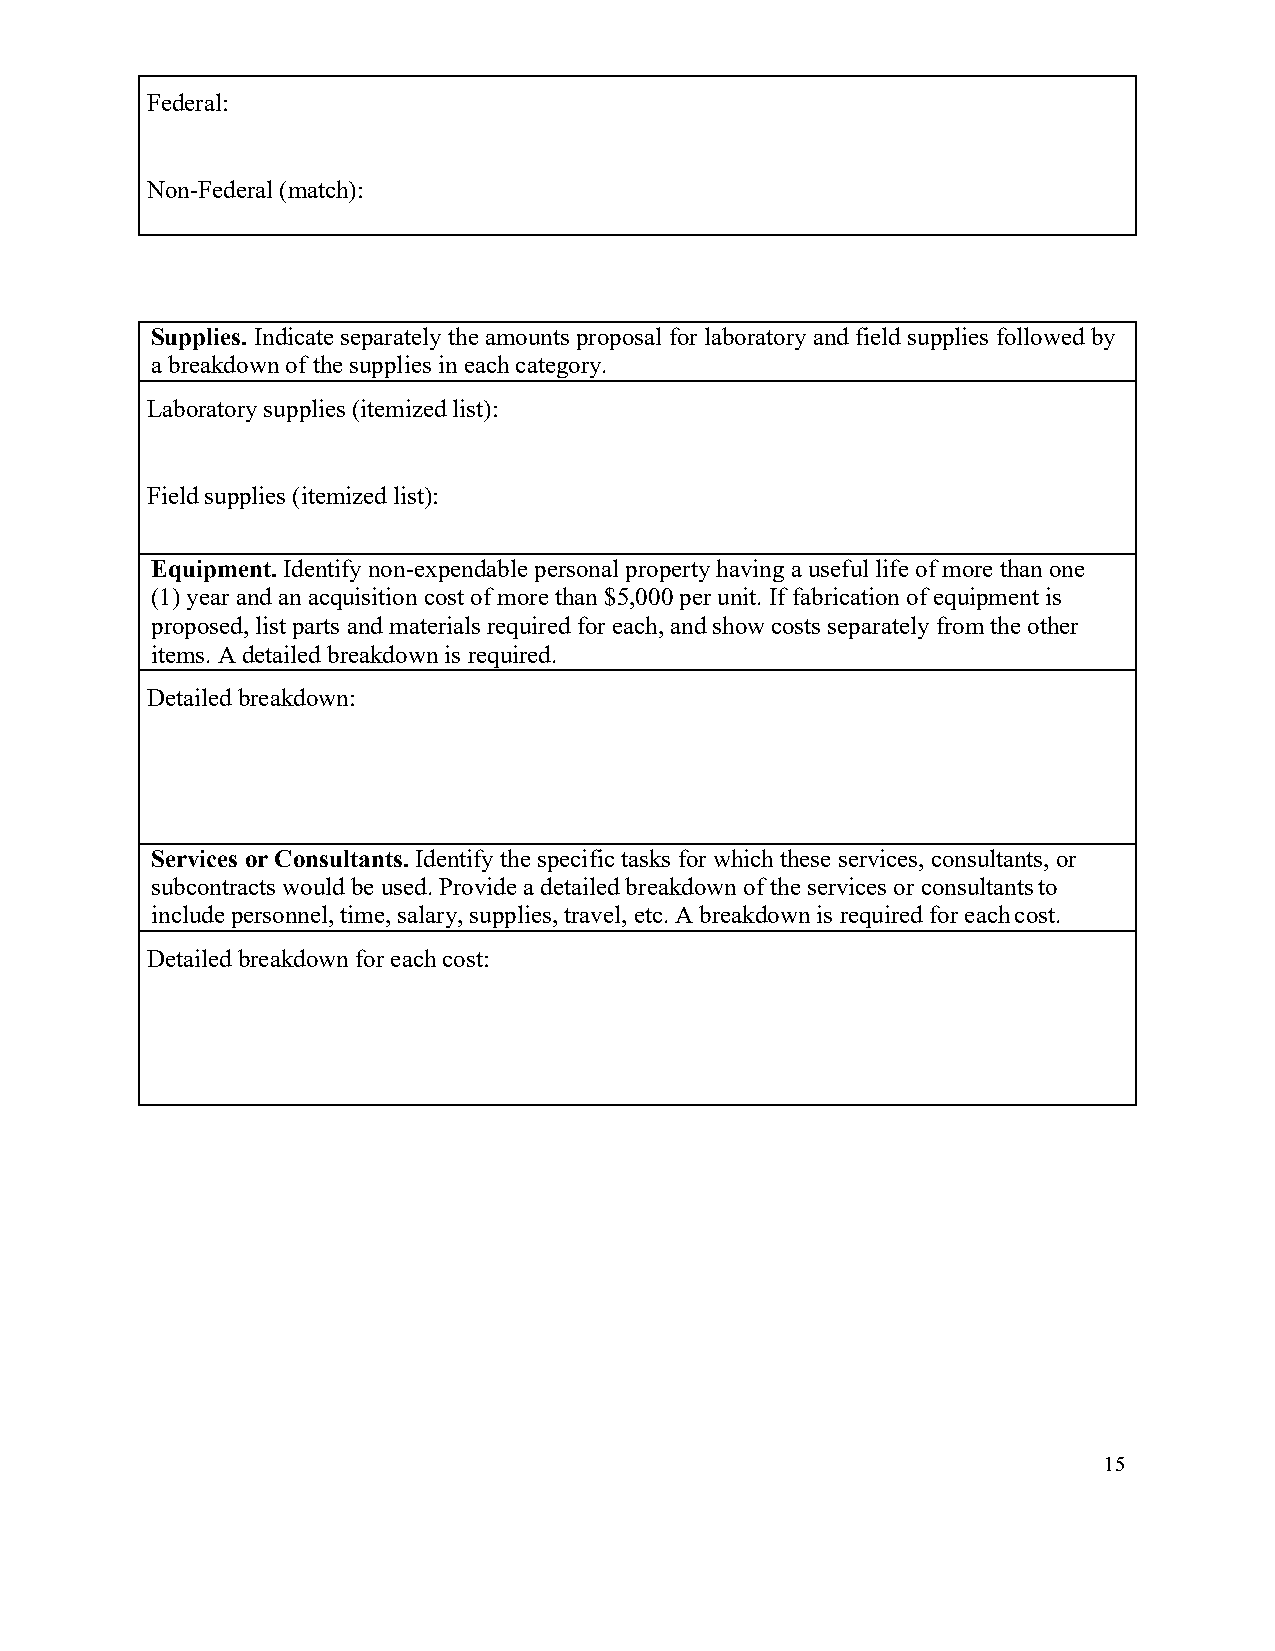
Federal:
 Non-Federal (match):
 Supplies. Indicate separately the amounts proposal for laboratory and field supplies followed by
 a breakdown of the supplies in each category.
 Laboratory supplies (itemized list):
 Field supplies (itemized list):
 Equipment. Identify non-expendable personal property having a useful life of more than one
 (1) year and an acquisition cost of more than $5,000 per unit. If fabrication of equipment is
 proposed, list parts and materials required for each, and show costs separately from the other
 items. A detailed breakdown is required.
 Detailed breakdown:
 Services or Consultants. Identify the specific tasks for which these services, consultants, or
 subcontracts would be used. Provide a detailed breakdown of the services or consultants to
 include personnel, time, salary, supplies, travel, etc. A breakdown is required for each cost.
 Detailed breakdown for each cost:
 15